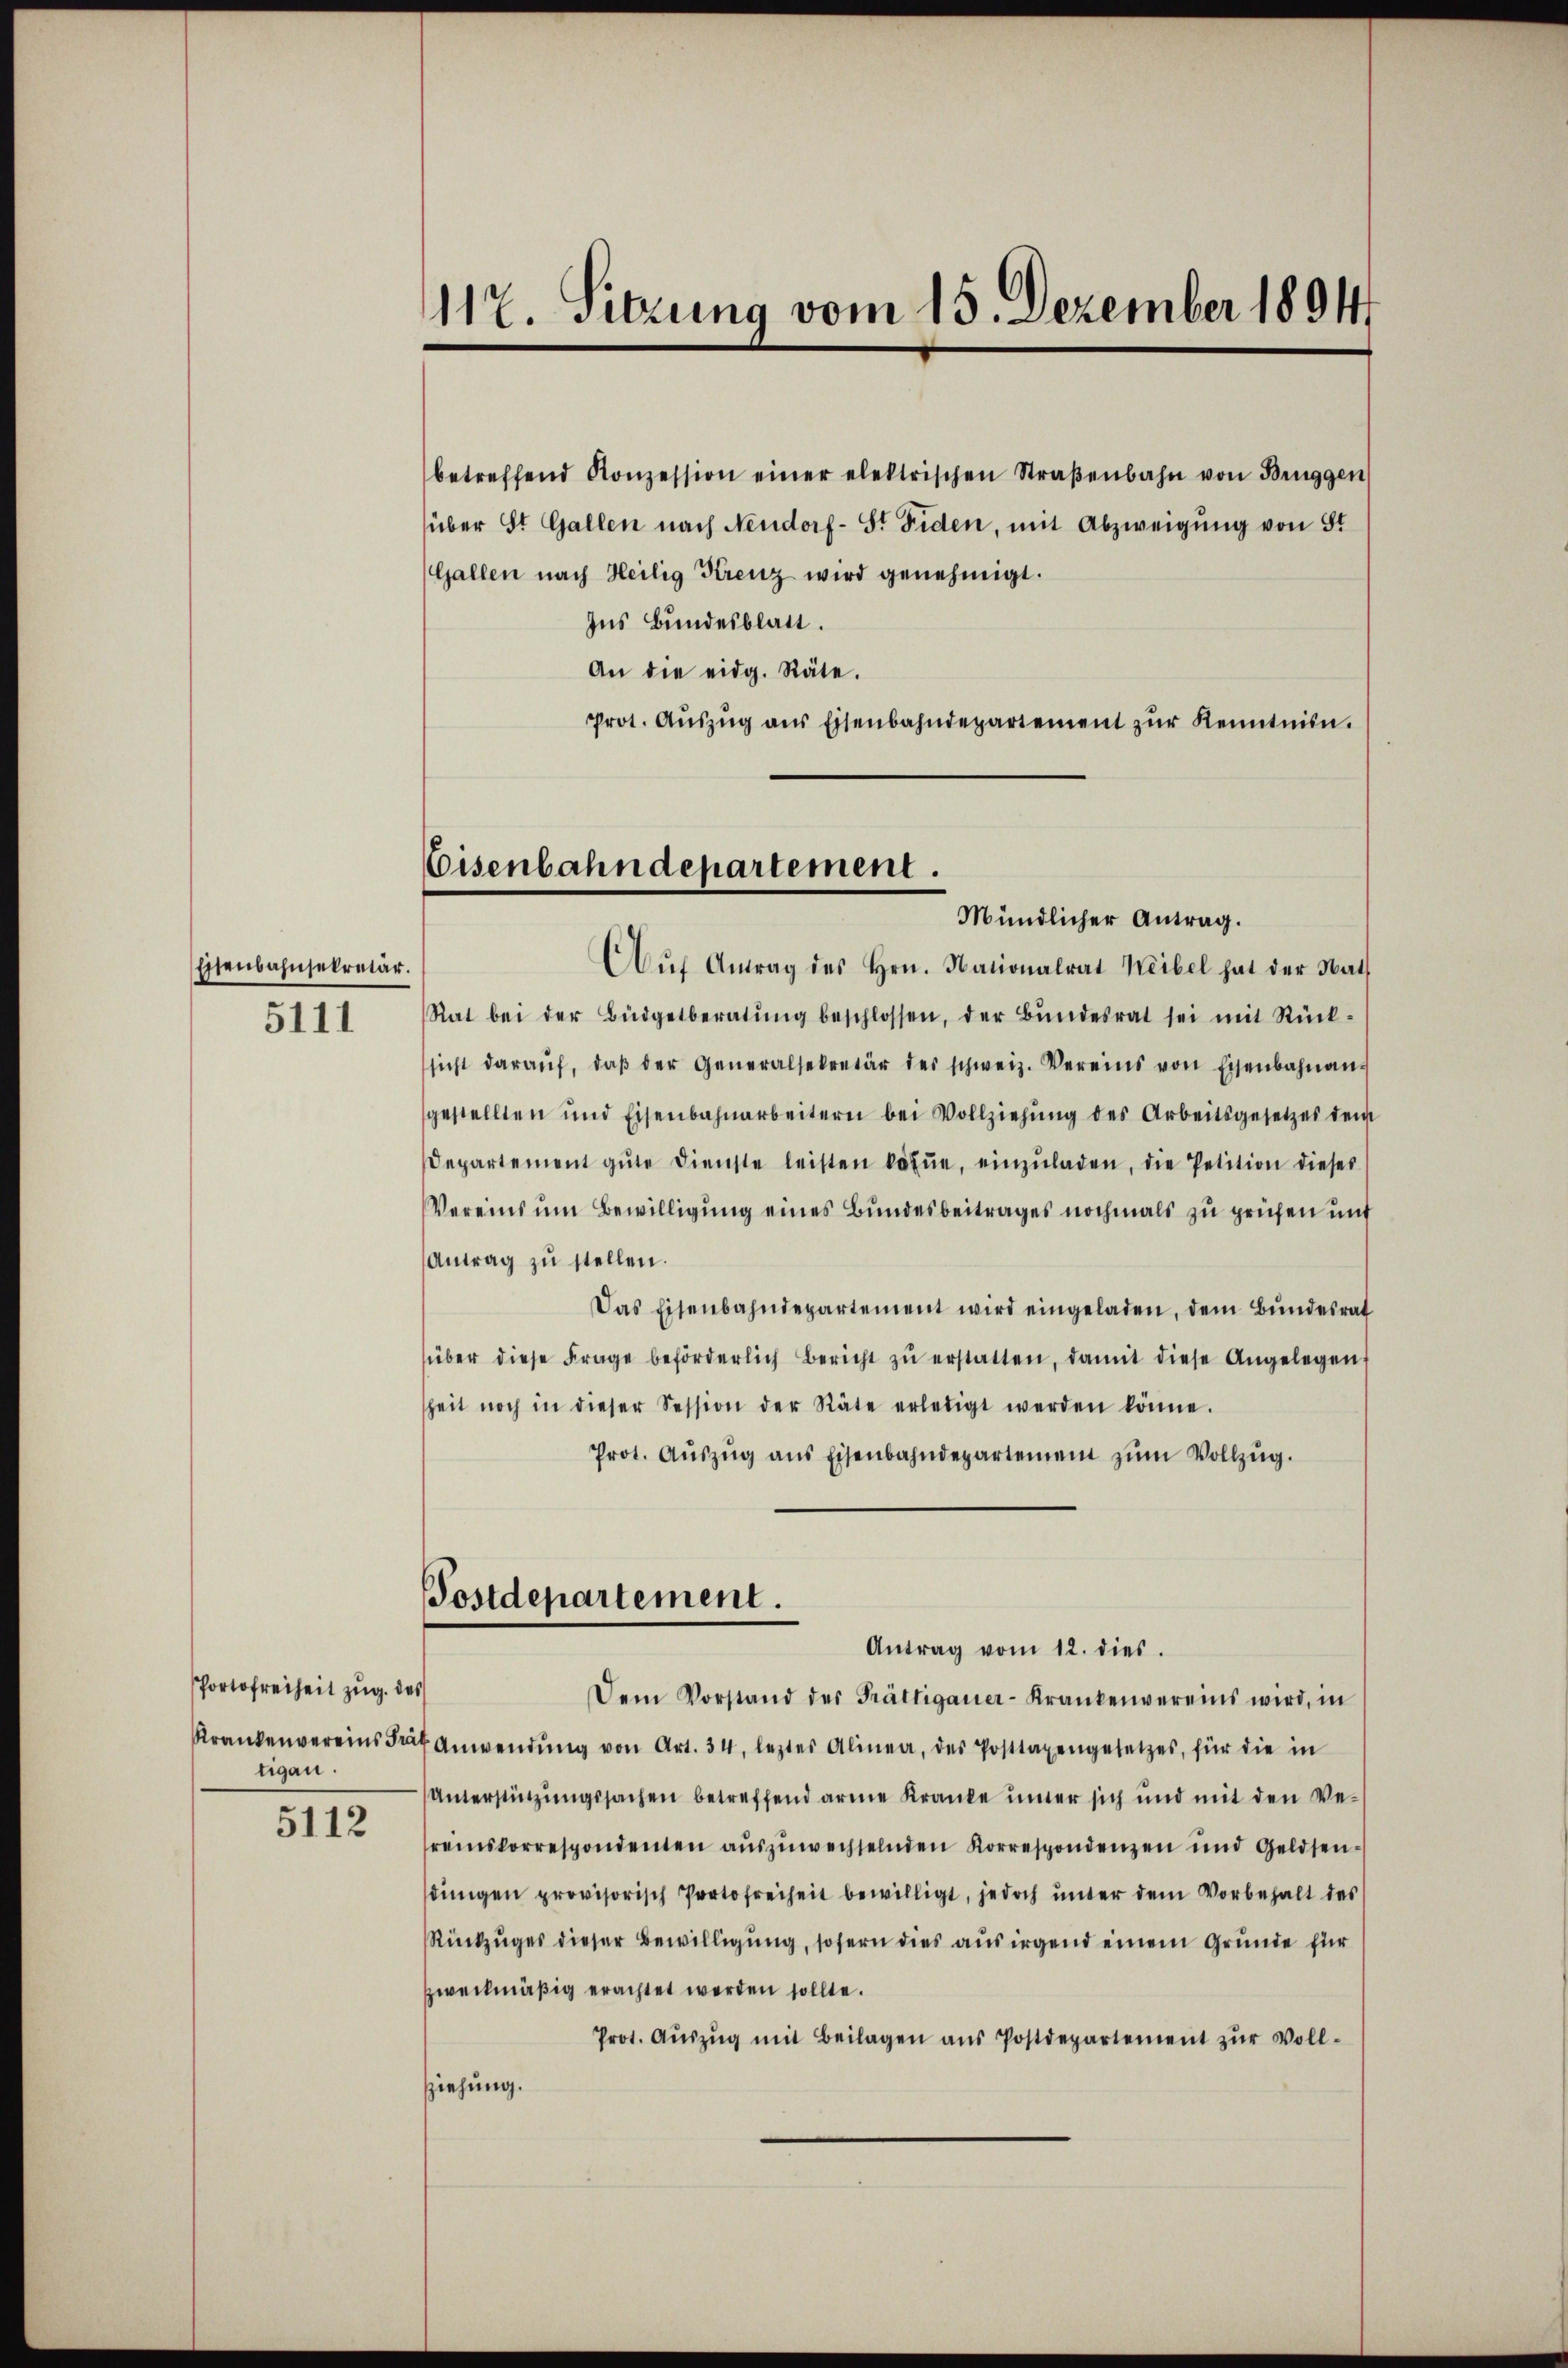
Eisenbahnsekretär.
5111

Portofreiheit zŭg. des
Krankenvereins Frä
tigaun.

5112

117. Sitzung vom 15. Dezember 1894

betreffend Konzession einer elektrischen Straβenbahn von Brüggen
über St. Gallen nach Neudorf- St. Fiden, mit Abzweigŭng von St
Gallen nach Heilig Krenz wird genehmigt.
Ins Bundesblatt.
An die eidg. Räte.
prot. Aŭszŭg aŭs Eisenbahndepartement zŭr Kenntnin.
Aŭf Antrag des Hrn. Nationalrat Weibel hat der Nath
Rat bei der Büdgetberatŭng beschlossen, der Bŭndesrat sei mit Rück-
sicht daraŭf, daβ der Generalsekretär des schweiz. Vereins von Eisenbahnan
gestellten und Eisenbahnarbeitern bei Vollziehŭng des Arbeitsgesetzes dem
Departement gŭte dienste leisten könne, einzŭladen, die Petition dieses
Vereins um Bewilligung eines Bundesbeitrages nochmals zu prüfen und
Antrag zŭ stellen.
Das Eisenbahndepartement wird eingeladen, dem Bŭndesrat
über diese Frage beförderlich bericht zŭ erstatten, damit diese Angelegen
heit noch in dieser Session der Räte erledigt werden könne.
Prot. Aŭszŭg ans Eisenbahndepartement zŭm Vollzŭg.
Postdepartement.
Antrag vom 12. dies
Dem Vorstand des Trättigauer-Krankenvereins wird, in
Anwendŭng von Art. 34, letztes Alinea, des Posttagengesetzes, für die in
Unterstützungssachen betreffend arme Kranke inter sich und mit den Ver
reinskorrespondenten aŭszŭwechselnden Korrespondenzen und Geldsen-
sdingen provisorisch Portofreiheit bewilligt, jedoch unter dem Vorbehalt des
Rückzuges dieser Bewilligung, sofern dies aus irgend einem Grunde für
zweckmäßig erachtet werden sollte.
Prot. Aŭszŭg mit Beilagen aŭs Postdepartement zŭr Voll-
ziehung.

Coisenbahndepartement.
Mündlicher Antrag.